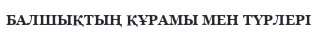
БАЛШЫҚТЫҢ ҚҰРАМЫ МЕН ТҮРЛЕРІ